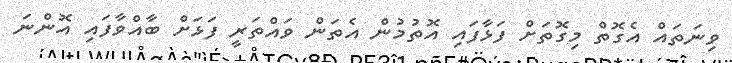
ވިނަތައް އެގޮތް މިގޮތަށް ފަޅާފައި އޮތުމުން އެތަން ވައްތަރީ ފަޅަށް ބާއްވާފައި އޮންނަ